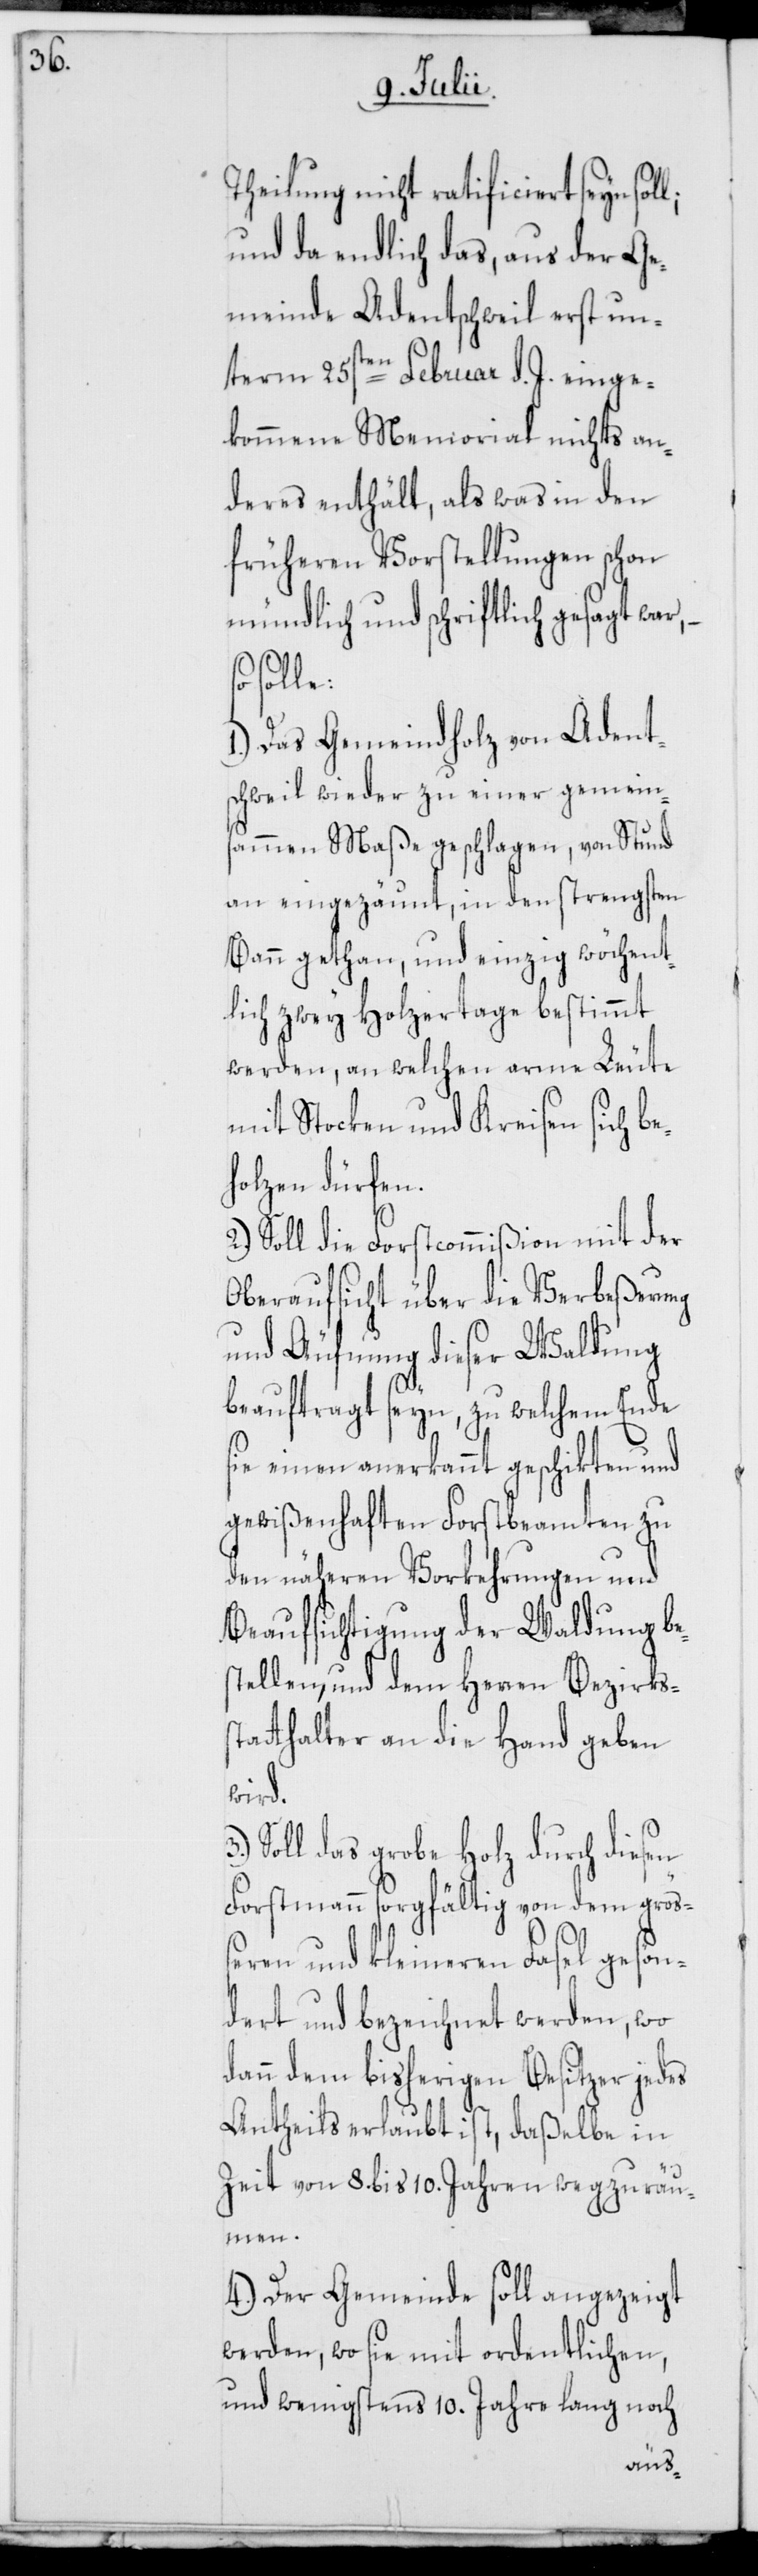
Theilung nicht ratificiert seyn sol¬
und da endlich das, aus der Ge¬
meinde Adentschweil erst un¬
term 25sten Februar d. J. einge¬
kommene Memorial nichts an¬
deres enthält, als was in den
früheren Vorstellungen schon
mündlich und schriftlich gesagt war,
solle:
Das Gemeindholz von Adent¬
schweil wieder zu einer gemein¬
sammen Maße geschlagen, von Stund
an eingezäunt, in den strengsten
Bann gethan, und einzig wöchent¬
lich zwey Holzertage bestimmt
werden, an welchen arme Leute
mit Stocken und Kreisen sich be¬
holzen dürfen.
2.) Soll die Forstcommißion mit der
Oberaufsicht über die Verbeßerung
und Äufnung dieser Waldung
beauftragt seyn, zu welchem Ende
sie einen anerkannt geschikten und
gewißenhaften Forstbeamten zu
den näheren Vorkehrungen und
Beaufsichtigung der Waldung bes¬
tellen, und dem Herren Bezirkss¬
tatthalter an die Hand geben
wird.
Soll das grobe Holz durch diesen
Forstmann sorgfältig von dem größ¬
eren und kleineren Fasel gesön¬
dert und bezeichnet werden, wo
dann dem bisherigen Besitzer jedes
Antheils erlaubt ist, daßelbe in
Zeit von 8. bis 10. Jahren wegzuräu¬
men.
4.) Der Gemeinde soll angezeigt
werden, wo sie mit ordentlichen,
und wenigstens 10. Jahre lang noch